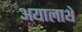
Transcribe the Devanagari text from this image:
अयालाथे